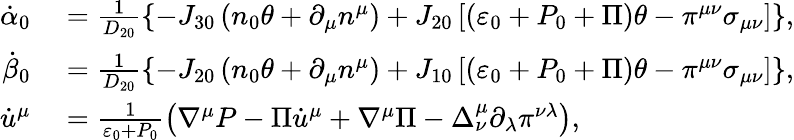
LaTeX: \begin{array}{rl}{\dot{\alpha}_{0}}&{{}=\frac{1}{D_{20}}\left\{ -J_{30}\left(n_{0}\theta+\partial_{\mu}n^{\mu}\right)+J_{20}\left[\left(\varepsilon_{0}+P_{0}+\Pi\right)\theta-\pi^{\mu\nu}\sigma_{\mu\nu}\right]\right\} ,}\\ {\dot{\beta}_{0}}&{{}=\frac{1}{D_{20}}\left\{ -J_{20}\left(n_{0}\theta+\partial_{\mu}n^{\mu}\right)+J_{10}\left[\left(\varepsilon_{0}+P_{0}+\Pi\right)\theta-\pi^{\mu\nu}\sigma_{\mu\nu}\right]\right\} ,}\\ {\dot{u}^{\mu}}&{{}=\frac{1}{\varepsilon_{0}+P_{0}}\left(\nabla^{\mu}P-\Pi\dot{u}^{\mu}+\nabla^{\mu}\Pi-\Delta_{\nu}^{\mu}\partial_{\lambda}\pi^{\nu\lambda}\right),}\end{array}